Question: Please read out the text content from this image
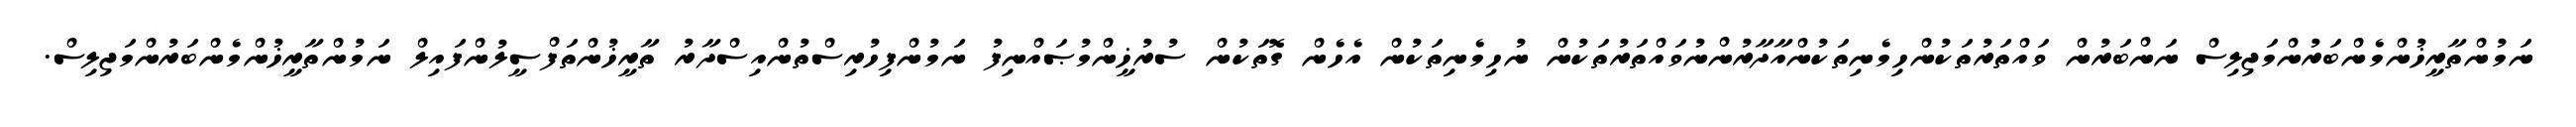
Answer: ނަމުންތާރީޚުންމެންބަރުންމަޖިލިސް ނަންބަރުން ވައްތަރުތަކުންހިމެނިތަކުންއާދާރުންނުވައްތަރުތަކުން ނުހިމެނިތަކުން އެހެން ގޮތަކުން ސުރުޚީންމުޞައްނިފު ނަމުންފިހުރިސްތުންއިސްދާރު ތާރީޚުންތަފްސީލުންފައިލް ނަމުންތާރީޚުންމެންބަރުންމަޖިލިސް.